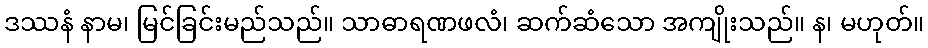
ဒဿနံ နာမ၊ မြင်ခြင်းမည်သည်။ သာဓာရဏဖလံ၊ ဆက်ဆံသော အကျိုးသည်။ န၊ မဟုတ်။